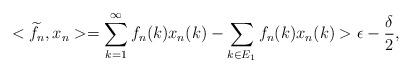
LaTeX: \begin{align*}<\widetilde{f}_{n},x_{n}>=\sum_{k=1}^{\infty}f_{n}(k)x_{n}(k)-\sum_{k\in E_{1}}f_{n}(k)x_{n}(k)>\epsilon-\frac{\delta}{2},\end{align*}